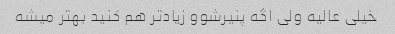
خیلی عالیه ولی اگه پنیرشوو زیاد‌تر هم کنید بهتر میشه